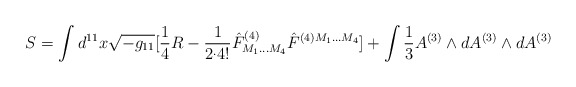
\begin{align*}S=\int d^{11}x \sqrt{-g_{11}}[{1\over 4}R-{1\over{2^.4!}}\hat F^{(4)}_{M_1...M_4}\hat F^{(4)M_1...M_4}]+\int {1\over 3}A^{(3)}\wedge dA^{(3)}\wedge dA^{(3)}\end{align*}